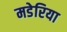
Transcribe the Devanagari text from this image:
मडेरिया